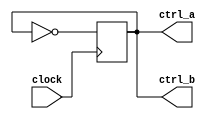
module mux_ctrl (clock, ctrl_a, ctrl_b);

input clock;
output ctrl_a, ctrl_b;

reg ctrl_a;
wire ctrl_b;

assign ctrl_b = ctrl_a;
always@(posedge clock)begin
	ctrl_a<=~ctrl_a;
end

endmodule